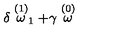
\delta \stackrel { ( 1 ) } { \omega } _ { 1 } + \gamma \stackrel { ( 0 ) } { \omega }